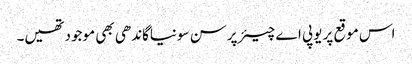
اس موقع پر یوپی اے چیئرپرسن سونیاگاندھی بھی موجودتھیں۔